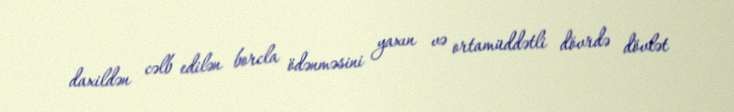
daxildən cəlb edilən borcla ödənməsini yaxın və ortamüddətli dövrdə dövlət